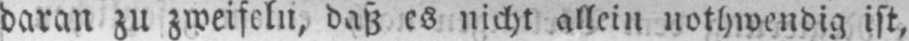
daran zu zweifeln, daß es nicht allein nothwendig ist,